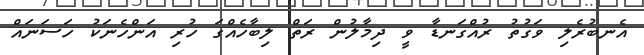
އެނބުރެލި ވަގުތު ރުއްގަނޑާ ވީ ދިމާލުން ރަތް ލިބާހެއްގަ ހުރި އަންހެނަކު ހަސަނައް